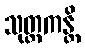
သုတ္တကန္တိ